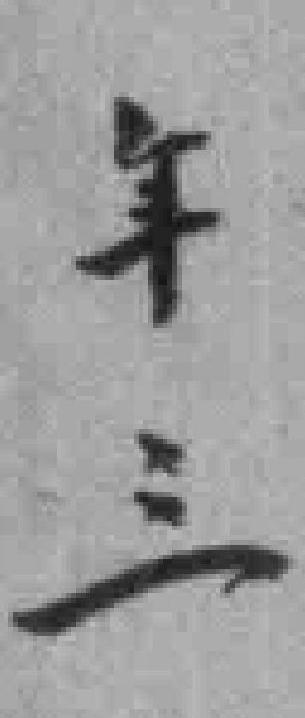
年三